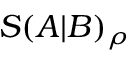
S ( A | B ) _ { \rho }